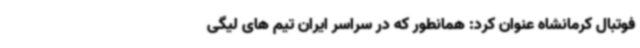
فوتبال کرمانشاه عنوان کرد: همانطور که در سراسر ایران تیم های لیگی